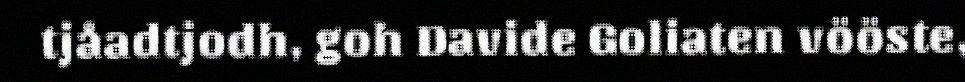
tjåadtjodh, goh Davide Goliaten vööste,